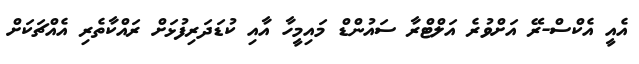
އެއީ އެކްސް-ރޭ އަށްވުރެ އަލްޓްރާ ސައުންޑް މައިމީހާ އާއި ކުޑަދަރިފުޅަށް ރައްކާތެރި އެއްޗަކަށް